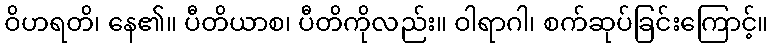
ဝိဟရတိ၊ နေ၏။ ပီတိယာစ၊ ပီတိကိုလည်း။ ဝါရာဂါ၊ စက်ဆုပ်ခြင်းကြောင့်။